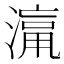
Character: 𱨡